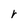
Character: r